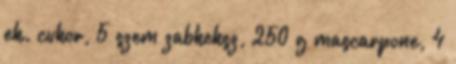
ek. cukor, 5 szem zabkeksz, 250 g mascarpone, 4